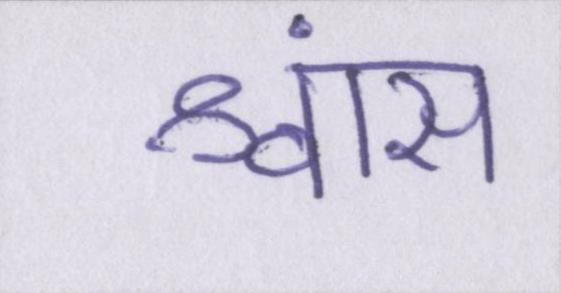
श्वांस